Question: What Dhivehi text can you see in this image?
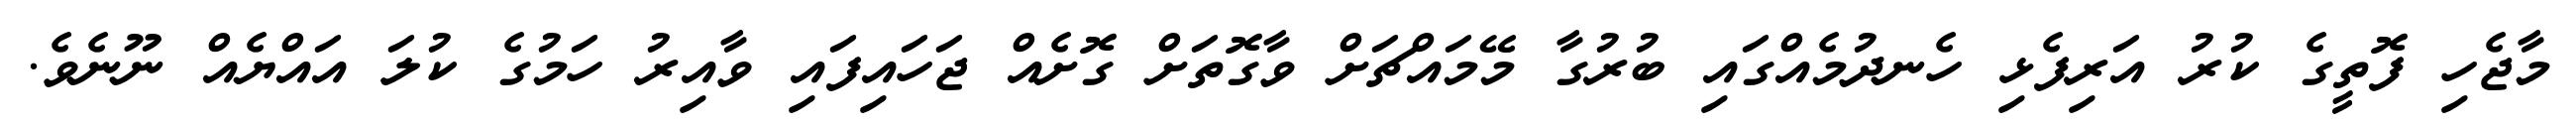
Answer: މާޖެހި ފޮތީގެ ކުރު އަރިފެޅި ހެނދުމެއްގައި ބުރުގާ މޭމައްޗަށް ވާގޮތަށް ގޮށެއް ޖަހައިފައި ވާއިރު ހަމުގެ ކުލަ އައްޔެއް ނޫނެވެ.